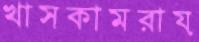
খাসকামরায়